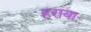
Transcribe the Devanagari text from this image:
हरायाः